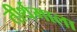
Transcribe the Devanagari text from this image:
तीर्थमाला